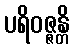
ပရိဝဇ္ဇန္တိ